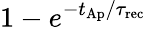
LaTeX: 1-e^{-t_{\mathrm{Ap}}/\tau_{\mathrm{rec}}}